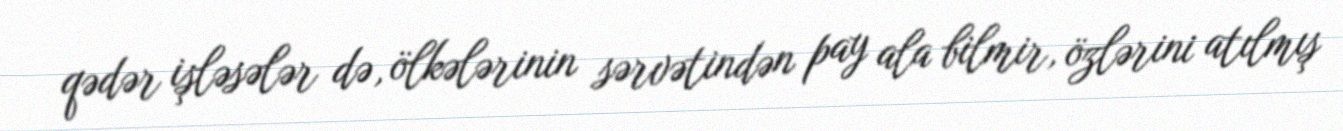
qədər işləsələr də, ölkələrinin sərvətindən pay ala bilmir, özlərini atılmış